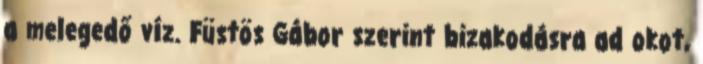
a melegedő víz. Füstös Gábor szerint bizakodásra ad okot,